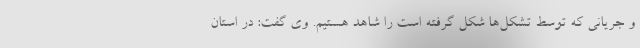
و جریانی که توسط تشکل‌ها شکل گرفته است را شاهد هستیم. وی گفت: در استان